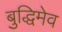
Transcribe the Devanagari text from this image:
बुद्धिमेव